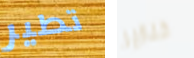
تطير خنازير